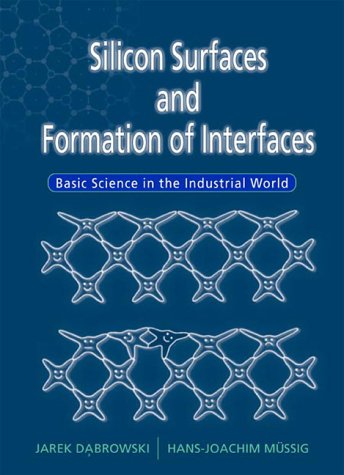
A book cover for Silicon Surfaces and Formation of Interfaces: Basic Science in the Industrial World; Jarek Dabrowski; Science & Math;